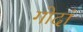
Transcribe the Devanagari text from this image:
गोदां